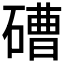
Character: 𥕢